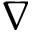
\nabla